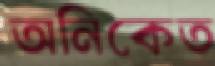
অনিকেত